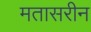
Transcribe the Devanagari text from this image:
मतासरीन